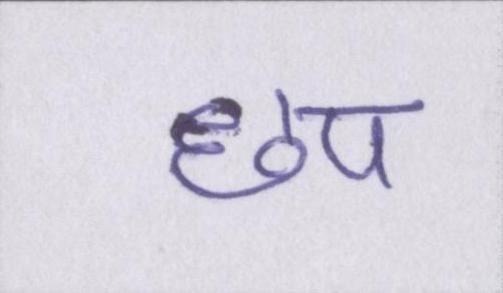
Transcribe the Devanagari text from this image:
छप